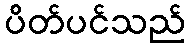
ပိတ်ပင်သည်